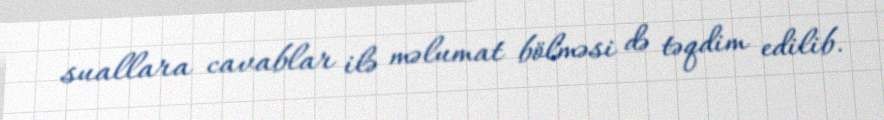
suallara cavablar ilə məlumat bölməsi də təqdim edilib.